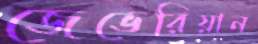
জেভেরিয়ান